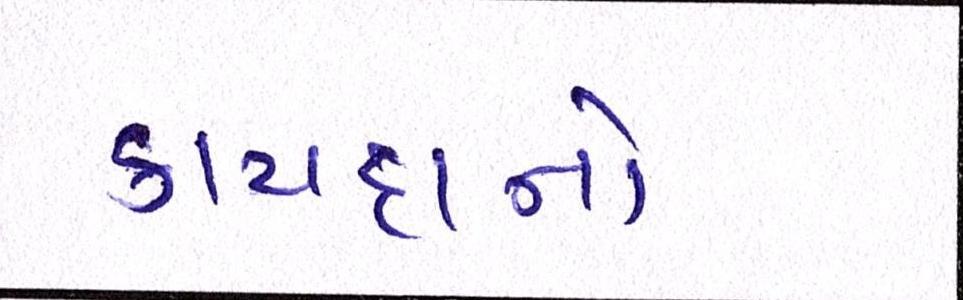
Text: કાયદાનો